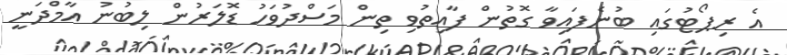
އެ ރިޕޯޓުގައި ބުނެފައިވާ ގޮތުން ފާއިތުވި ތިން މަސްދުވަހު ޑޮލަރުން ލިބުނު އާމްދަނީ